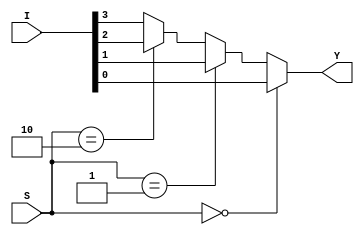
module mux_4_1_df(Y,I,S);
  input [3:0]I;
  input [1:0]S;
  output Y;

  assign Y=(S==2'd0)?I[0]:((S==2'd1)?I[1]:((S==2'd2)?I[2]:I[3]));

endmodule